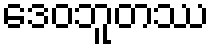
ဒေဝဘူတဿ